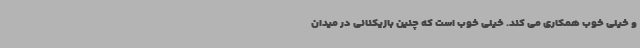
و خیلی خوب همکاری می کند. خیلی خوب است که چنین بازیکنانی در میدان